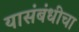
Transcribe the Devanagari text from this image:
यासंबंधीचा